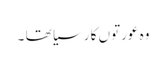
وہ عورتوں کا رسیا تھا ۔